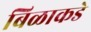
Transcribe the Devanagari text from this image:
बिळाकडे